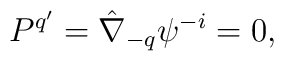
P^{q'}=\hat\nabla_{-q}\psi^{-i}=0,